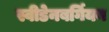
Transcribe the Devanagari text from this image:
स्वीडेनबर्गियन